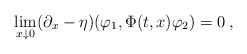
\begin{align*}\lim_{x \downarrow 0} ( \partial_x - \eta )(\varphi_1, \Phi(t,x) \varphi_2 ) = 0 \: , \end{align*}